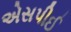
એસપીઈ